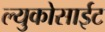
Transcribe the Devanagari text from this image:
ल्युकोसाईट